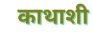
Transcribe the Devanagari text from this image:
काथाशी